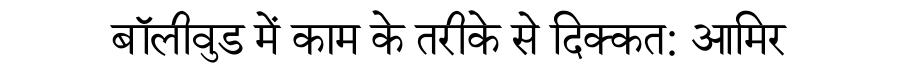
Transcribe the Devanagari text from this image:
बॉलीवुड में काम के तरीके से दिक्कत: आमिर